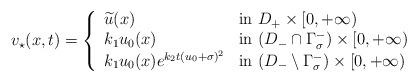
LaTeX: \begin{align*}v_\star(x,t) = \left\{\begin{array}{ll}\widetilde u (x) & \mbox{in } D_+\times [0,+\infty) \\k_1 u_0(x) & \mbox{in } (D_- \cap \Gamma^-_\sigma) \times [0,+\infty) \\k_1 u_0(x)e^{k_2t(u_0 + \sigma)^2} & \mbox{in } (D_- \setminus \Gamma^-_\sigma) \times [0,+\infty)\end{array}\right.\end{align*}